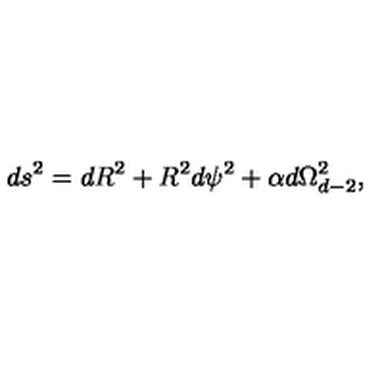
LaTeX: d s ^ { 2 } = d R ^ { 2 } + R ^ { 2 } d \psi ^ { 2 } + \alpha d \Omega _ { d - 2 } ^ { 2 } ,